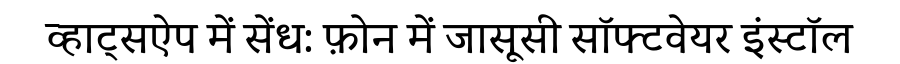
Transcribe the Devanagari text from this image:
व्हाट्सऐप में सेंध: फ़ोन में जासूसी सॉफ्टवेयर इंस्टॉल